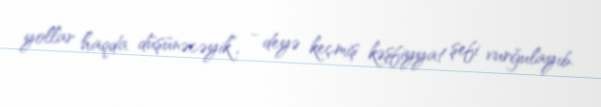
yollar haqda düşünəcəyik”, - deyə keçmiş kəşfiyyat şefi vurğulayıb.